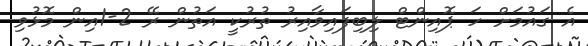
އެ ގައުމަށް ހަ ޕޮއިންޓް ލިބިފައިވާއިރު ތުރުކީ އަތުން ރޭ 2-1އިން މޮޅުވި